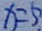
x = 5